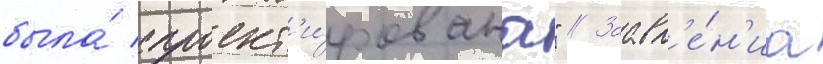
была́ спроект'и́рована" // Заавл'е́н'иа